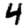
Digit: 4